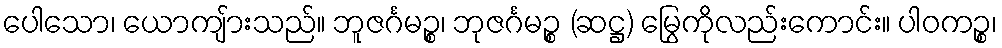
ပေါသော၊ ယောကျ်ားသည်။ ဘူဇင်္ဂမဉ္စ၊ ဘုဇင်္ဂမဉ္စ (ဆဋ္ဌ) မြွေကိုလည်းကောင်း။ ပါဝကဉ္စ၊